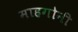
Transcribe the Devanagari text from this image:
माहगोनी